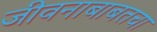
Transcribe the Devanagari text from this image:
जीवनाबाबतचा